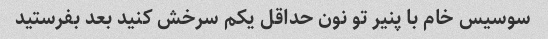
سوسیس خام با پنیر تو نون حداقل یکم سرخش کنید بعد بفرستید